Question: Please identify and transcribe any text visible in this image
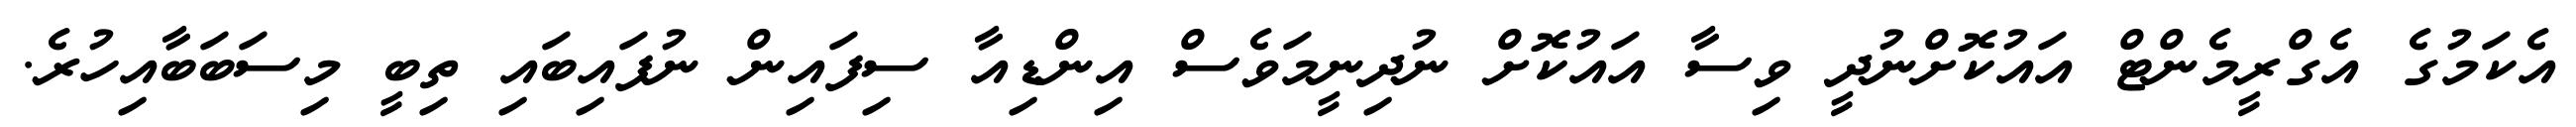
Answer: އެކަމުގެ އެގްރީމެންޓް އައުކޮށްނުދީ ވިސާ އައުކޮށް ނުދިނީމަވެސް އިންޑިއާ ސިފައިން ނުފައިބައި ތިބީ މިސަބަބާއިހުރެ.